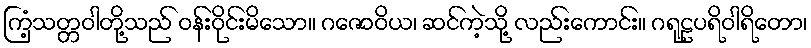
ကြံ့သတ္တဝါတို့သည် ဝန်းဝိုင်းမိသော။ ဂဇောဝိယ၊ ဆင်ကဲ့သို့ လည်းကောင်း။ ဂရုဠပရိဝါရိတော၊